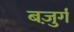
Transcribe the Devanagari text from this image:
बज़ुर्ग